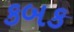
કબક